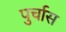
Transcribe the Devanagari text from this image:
पुर्चास